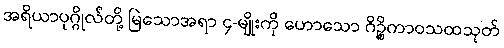
အရိယာပုဂ္ဂိုလ်တို့ မြဲသောအရာ ၄-မျိုးကို ဟောသော ဂိဉ္စိကာဝသထသုတ်